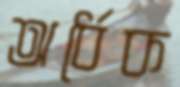
অর্ধেক